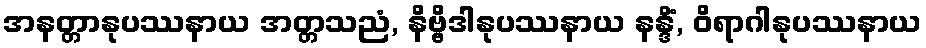
အနတ္တာနုပဿနာယ အတ္တသညံ, နိဗ္ဗိဒါနုပဿနာယ နန္ဒိံ, ဝိရာဂါနုပဿနာယ